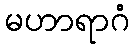
မဟာရာဂံ